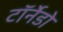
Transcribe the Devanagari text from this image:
टॉर्नेडो